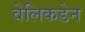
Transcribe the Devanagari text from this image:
वेलिकडेन